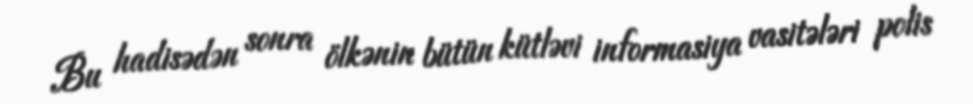
Bu hadisədən sonra ölkənin bütün kütləvi informasiya vasitələri polis